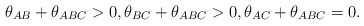
\begin{align*}\theta_{AB}+\theta_{ABC}> 0,\theta_{BC}+\theta_{ABC}> 0,\theta_{AC}+\theta_{ABC}= 0.\end{align*}